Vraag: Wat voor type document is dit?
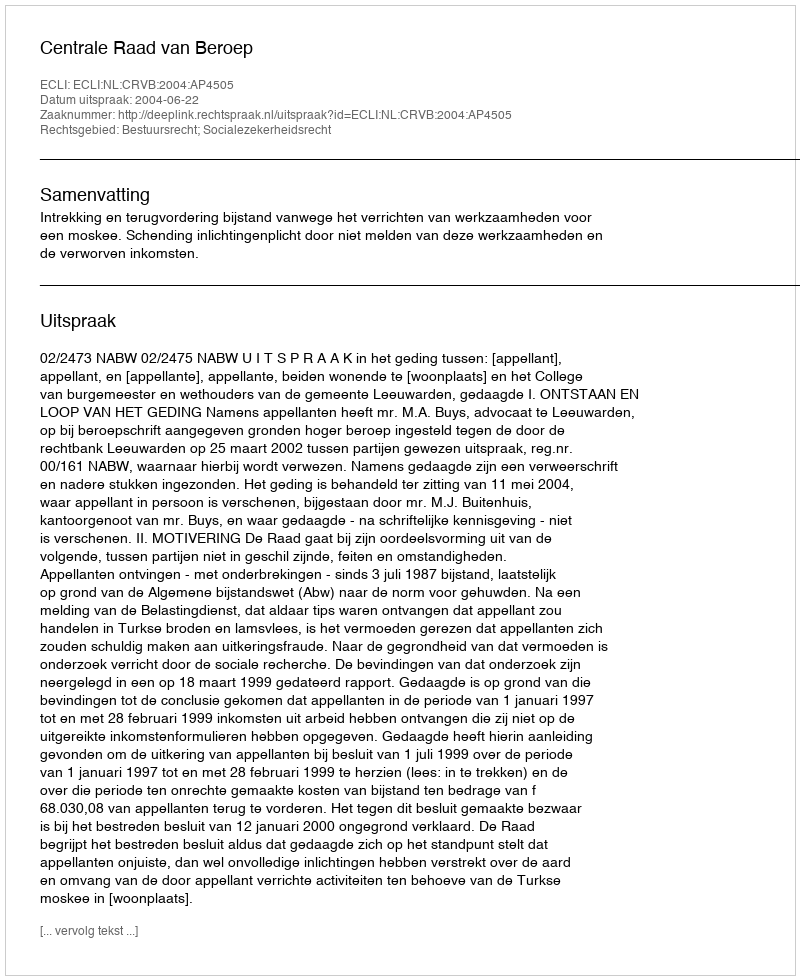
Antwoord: Uitspraak